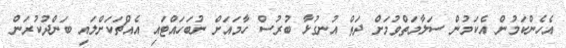
އެހެންކަމުން އެކަމުން ސަލާމަތްވުމަށް ދަތް އުނގުޅާ ބުރުސް ހާމައަށް ނުބަހައްޓައި އެއްޗަކަށްލައި ބަންދުކުރަން